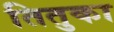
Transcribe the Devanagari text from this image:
तितुका